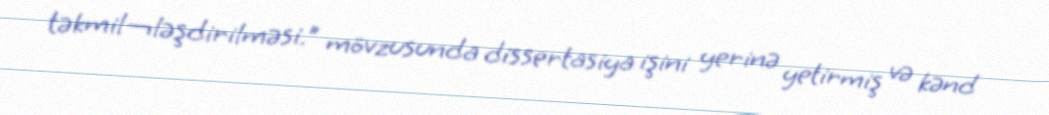
təkmil¬ləşdirilməsi.” mövzusunda dissertasiya işini yerinə yetirmiş və kənd